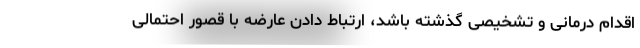
اقدام درمانی و تشخیصی گذشته باشد، ارتباط دادن عارضه با قصور احتمالی